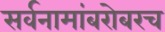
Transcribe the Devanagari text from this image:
सर्वनामांबरोबरच